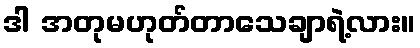
ဒါ အတုမဟုတ်တာသေချာရဲ့လား။